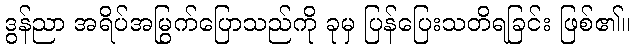
ဒွန်ညာ အရိပ်အမြွက်ပြောသည်ကို ခုမှ ပြန်ပြေးသတိရခြင်း ဖြစ်၏။